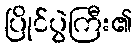
ပြိုင်ပွဲကြီး၏